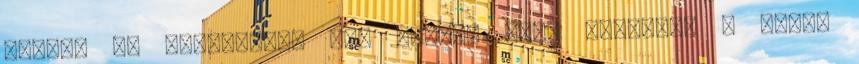
messze az asztalától egy oszlop mögé húzódott s onnan